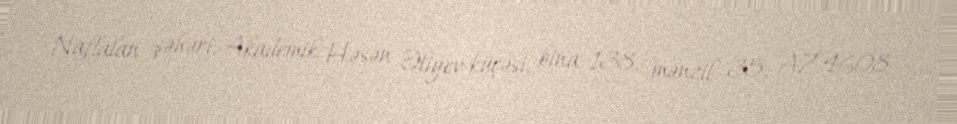
Naftalan şəhəri, Akademik Həsən Əliyev küçəsi, bina 138, mənzil 35, AZ 4608